Report of the veterinary officer investigating camel disease
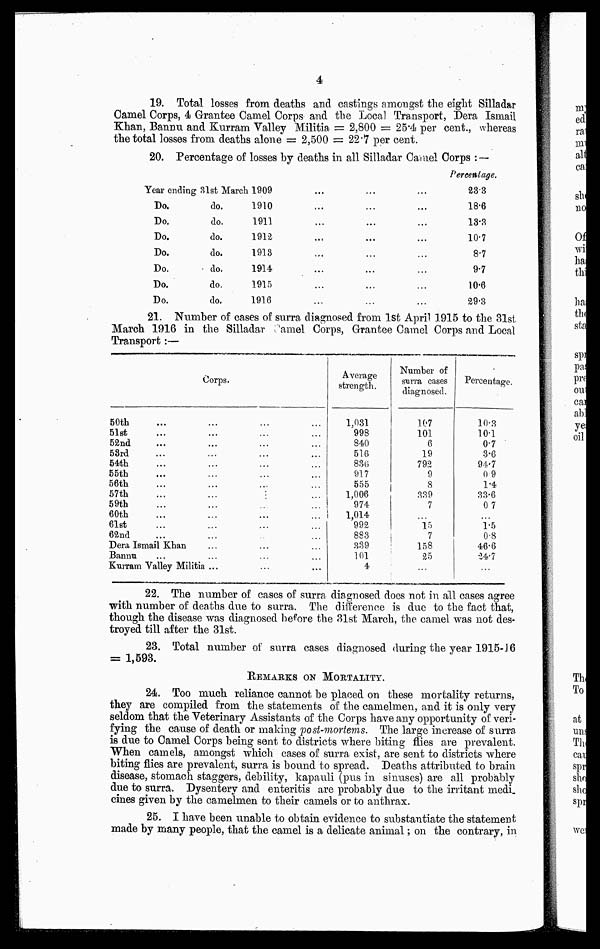
4
19. Total losses from deaths and castings amongst the eight Silladar
Camel Corps, 4 Grantee Camel Corps and the Local Transport, Dera Ismail
Khan, Bannu and Kurram Valley Militia = 2,800 = 25.4 per cent., whereas
the total losses from deaths alone = 2,500 = 22.7 per cent.
20. Percentage of losses by deaths in all Silladar Camel Corps : —
Year ending
Do.
Do.
Do.
Do.
Do.
Do.
Do.
31st
March
do.
do.
do.
do.
do.
do.
do.
1909
...
... ...
1910
...
...
...
1911
...
...
...
1912
...
...
...
1913
... ... ...
1914
... ... ...
1915 ... ... ...
1916
... ... ...
Percentage.
233
18.6
13.3
10.7
8.7
9.7
10.6
39.3
21. Number of cases of surra diagnosed from 1st April 1915 to the 31st
March 1916 in the Silladar Camel Corps, Grantee Camel Corps and Local
Transport :—
Corps.
50th
51st
52nd
58rd
54th
55th
56th
57th
59th
60th
61st
62nd
Dera Ismail Khan
Bannu
Kurram Valley Militia ...
Average
strength.
1,031
998
840
516
836
917
555
1,006
974
1,014
992
883
339
101
4
Number of
surra cases
diagnosed.
107
101
6
19
792
9
8
339
7
...
15
7
158
25
...
Percentage.
10.3
10.1
0.7
3.6
94.7
09
1.4
33.6
07
...
1.5
0.8
46.6
24.7
...
22. The number of cases of surra diagnosed does not in all cases agree
with number of deaths due to surra. The difference is due to the fact that,
though the disease was diagnosed before the 31st March, the camel was not des-
troyed till after the 31st.
23. Total number of surra cases diagnosed during the year 1915-16
= 1,593.
REMARKS ON MORTALITY.
24. Too much reliance cannot be placed on these mortality returns,
they are compiled from the statements of the camelmen, and it is only very
seldom that the Veterinary Assistants of the Corps have any opportunity of veri-
fying the cause of death or making post-mortems. The large increase of surra
is due to Camel Corps being sent to districts where biting flies are prevalent.
When camels, amongst which cases of surra exist, are sent to districts where
biting flies are prevalent, surra is bound to spread. Deaths attributed to brain
disease, stomach staggers, debility, kapauli (pus in sinuses) are all probably
due to surra. Dysentery and enteritis are probably due to the irritant medi-
cines given by the camelmen to their camels or to anthrax.
25. I have been unable to obtain evidence to substantiate the statement
made by many people, that the camel is a delicate animal ; on the contrary, in